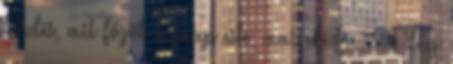
kérdés, mit főzök tegnap este, mai ebédre. 45 dkg